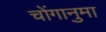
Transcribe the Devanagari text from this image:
चोंगानुमा